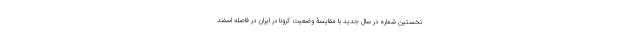
نخستین شماره در سال جدید با مقایسۀ وضعیت کرونا در ایران در فاصله اسفند